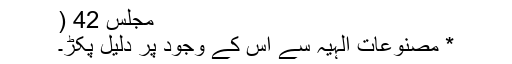
مجلس 42 (
* مصنوعاتِ الہٰیہ سے اس کے وجود پر دلیل پکڑ۔